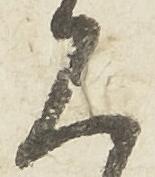
見